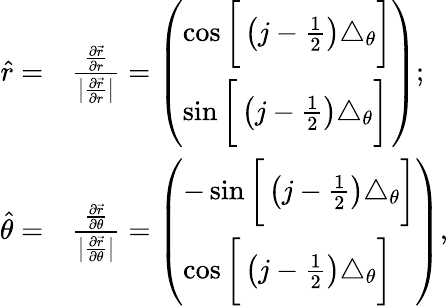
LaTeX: \begin{array}{rl}{\hat{r}=}&{\frac{\frac{\partial\vec{r}}{\partial r}}{\big|\frac{\partial\vec{r}}{\partial r}\big|}=\left(\begin{array}{l}{\cos\bigg[\left(j-\frac{1}{2}\right)\triangle_{\theta}\bigg]}\\ {\sin\bigg[\left(j-\frac{1}{2}\right)\triangle_{\theta}\bigg]}\end{array}\right);}\\ {\hat{\theta}=}&{\frac{\frac{\partial\vec{r}}{\partial\theta}}{\big|\frac{\partial\vec{r}}{\partial\theta}\big|}=\left(\begin{array}{l}{-\sin\bigg[\left(j-\frac{1}{2}\right)\triangle_{\theta}\bigg]}\\ {\cos\bigg[\left(j-\frac{1}{2}\right)\triangle_{\theta}\bigg]}\end{array}\right),}\end{array}